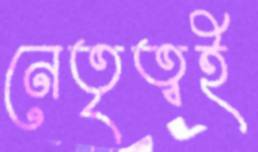
নেতৃত্বই